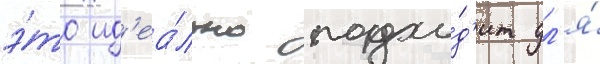
э́то ид'еа́льно подхо́д'ит дл'я́